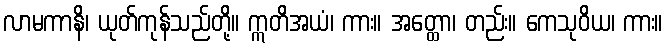
လာမကာနိ၊ ယုတ်ကုန်သည်တို့။ ဣတိအယံ၊ ကား။ အတ္ထော၊ တည်း။ ကေသုဝိယ၊ ကား။